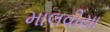
માલવીયા